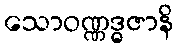
သောဝဏ္ဏဒ္ဓဇာနိ